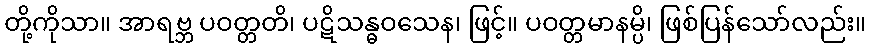
တို့ကိုသာ။ အာရဗ္ဘ ပဝတ္တတိ၊ ပဋိသန္ဓဝသေန၊ ဖြင့်။ ပဝတ္တမာနမ္ပိ၊ ဖြစ်ပြန်သော်လည်း။